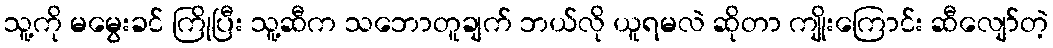
သူ့ကို မမွေးခင် ကြိုပြီး သူ့ဆီက သဘောတူချက် ဘယ်လို ယူရမလဲ ဆိုတာ ကျိုးကြောင်း ဆီလျော်တဲ့